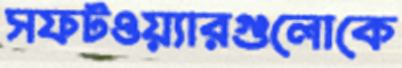
সফটওয়্যারগুলোকে